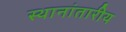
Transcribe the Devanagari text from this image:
स्थानांतारीय